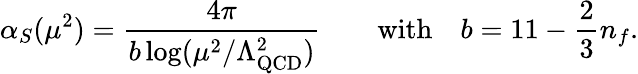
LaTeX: \alpha_{S}(\mu^{2})={\frac{4\pi}{b\log(\mu^{2}/\Lambda_{\mathrm{QCD}}^{2})}}\qquad\mathrm{with}\quad b=11-{\frac{2}{3}}n_{f}.